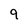
Character: 9